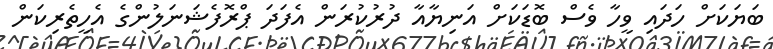
ބަޔަކަށް ހަދައި ވީހާ ވެސް ބޮޑަކަށް އަނިޔާއާ ދުރުކުރަން އެފަދަ ޕްރޮފެޝަނަލުންގެ އެހީތެރިކަން